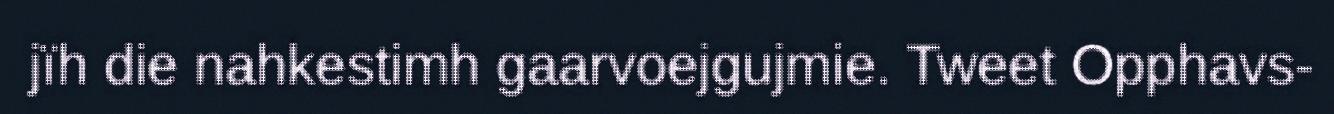
jïh die nahkestimh gaarvoejgujmie. Tweet Opphavs-